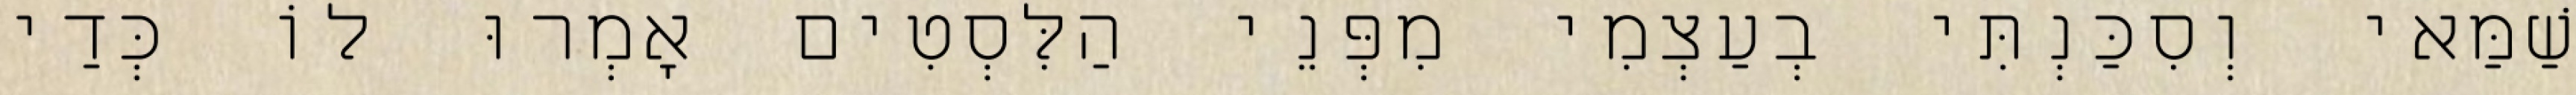
שַׁמַּאי וְסִכַּנְתִּי בְעַצְמִי מִפְּנֵי הַלִּסְטִים אָמְרוּ לוֹ כְּדַי